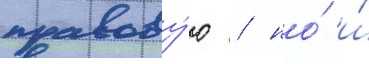
правову́ю / но́ и́